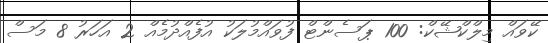
ކޭވައް މިލްކްޝޭކް: 100 ޕަސެންޓް ފުވައްމުލަކު އުފެއްދުމެއް 2 އަހަރު 8 މަސް